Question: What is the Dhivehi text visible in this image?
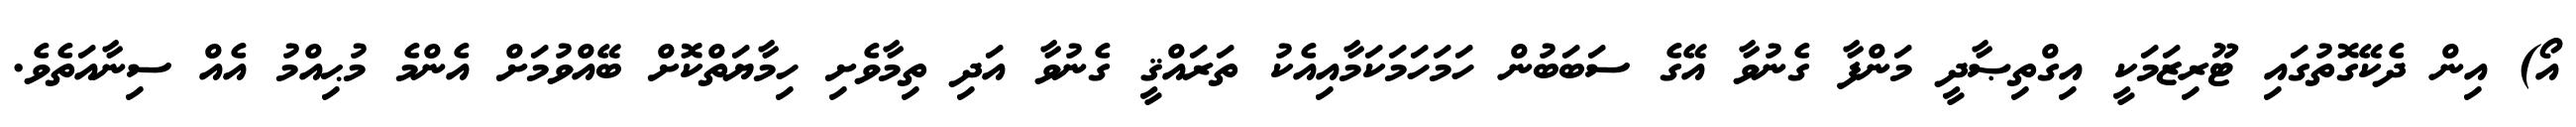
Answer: އޯ) އިން ދެކޭގޮތުގައި ޓޫރިޒަމަކީ އިގްތިޞާދީ މަންފާ ގެނުވާ އޭގެ ސަބަބުން ހަމަހަމަކަމާއިއެކު ތަރައްޤީ ގެނުވާ އަދި ތިމާވެށި ހިމާޔަތްކޮށް ބޭއްވުމަށް އެންމެ މުޙިއްމު އެއް ސިނާއަތެވެ.